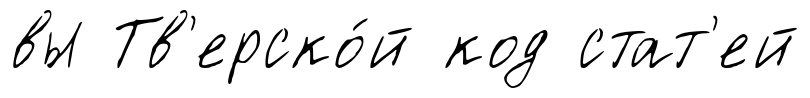
вы Тв'ерско́й код стат'ей